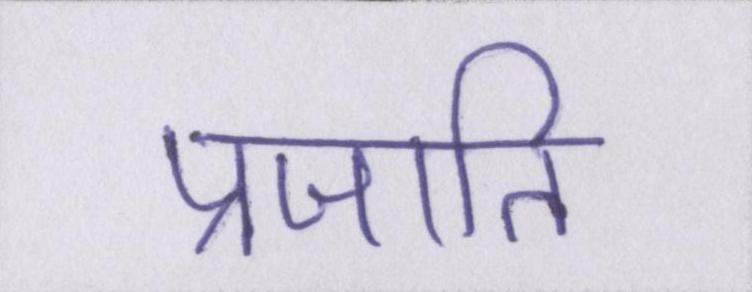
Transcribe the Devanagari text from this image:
प्रजाति